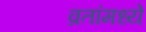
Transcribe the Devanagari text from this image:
व्रतांमध्ये